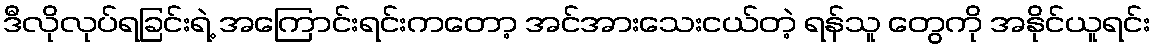
ဒီလိုလုပ်ရခြင်းရဲ့ အကြောင်းရင်းကတော့ အင်အားသေးငယ်တဲ့ ရန်သူ တွေကို အနိုင်ယူရင်း